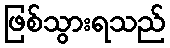
ဖြစ်သွားရသည်